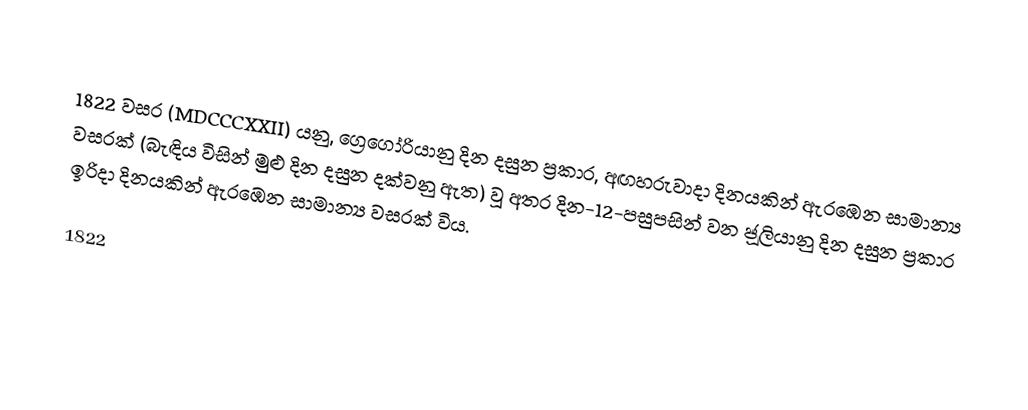

1822 වසර (MDCCCXXII) යනු,  ග්‍රෙගෝරියානු දින දසුන ප්‍රකාර,  අඟහරුවාදා දිනයකින් ඇරඹෙන සාමාන්‍ය වසරක් (බැඳිය විසින් මුළු දින දසුන දක්වනු ඇත) වූ අතර  දින-12-පසුපසින් වන ජූලියානු දින දසුන ප්‍රකාර  ඉරිදා දිනයකින් ඇරඹෙන සාමාන්‍ය වසරක්  විය.

1822